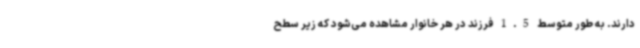
دارند. به طور متوسط 1.5 فرزند در هر خانوار مشاهده می‌شود که زیر سطح